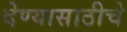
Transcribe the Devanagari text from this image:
देण्यासाठीचे